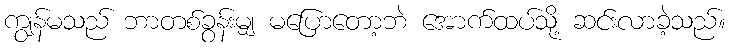
ကျွန်မသည် ဘာတစ်ခွန်းမျှ မပြောတော့ဘဲ အောက်ထပ်သို့ ဆင်းလာခဲ့သည်။